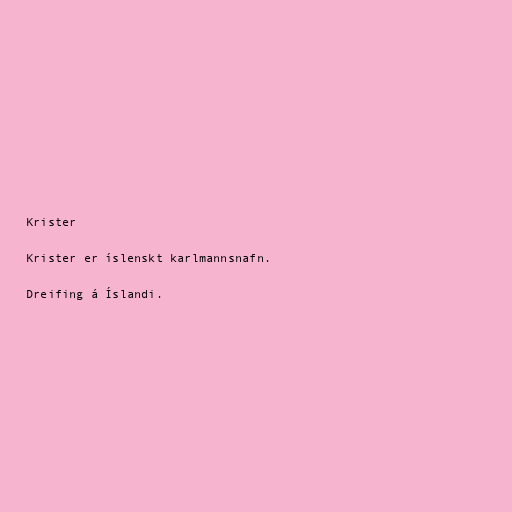
Krister

Krister er íslenskt karlmannsnafn.

Dreifing á Íslandi.